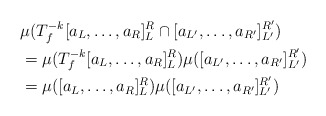
\begin{align*}&\mu(T_f^{-k} [a_L, \ldots, a_R]_L^R \cap [a_{L'}, \ldots, a_{R'}]_{L'}^{R'}) \\ &= \mu(T_f^{-k} [a_L, \ldots, a_R]_L^R) \mu([a_{L'}, \ldots, a_{R'}]_{L'}^{R'}) \\ &= \mu([a_L, \ldots, a_R]_L^R) \mu([a_{L'}, \ldots, a_{R'}]_{L'}^{R'})\end{align*}